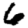
Digit: 6